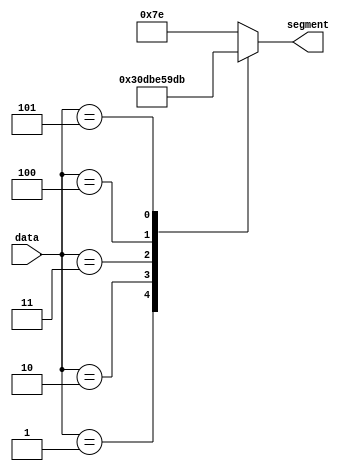
module sevensegment (input [3:0] data,
                     output reg [6:0] segment);
  always @ ( * ) 
  case (data) 
  0: segment = 7'b111_1110; 
  1: segment = 7'b011_0000; 
  2: segment = 7'b110_1101;
  3: segment = 7'b111_1001;
  4: segment = 7'b011_0011;
  5: segment = 7'b101_1011;
  default: segment = 7'b111_1110; //display 0 by default
  endcase
endmodule